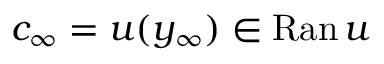
c _ { \infty } = u ( y _ { \infty } ) \in \mathrm { R a n } \, u